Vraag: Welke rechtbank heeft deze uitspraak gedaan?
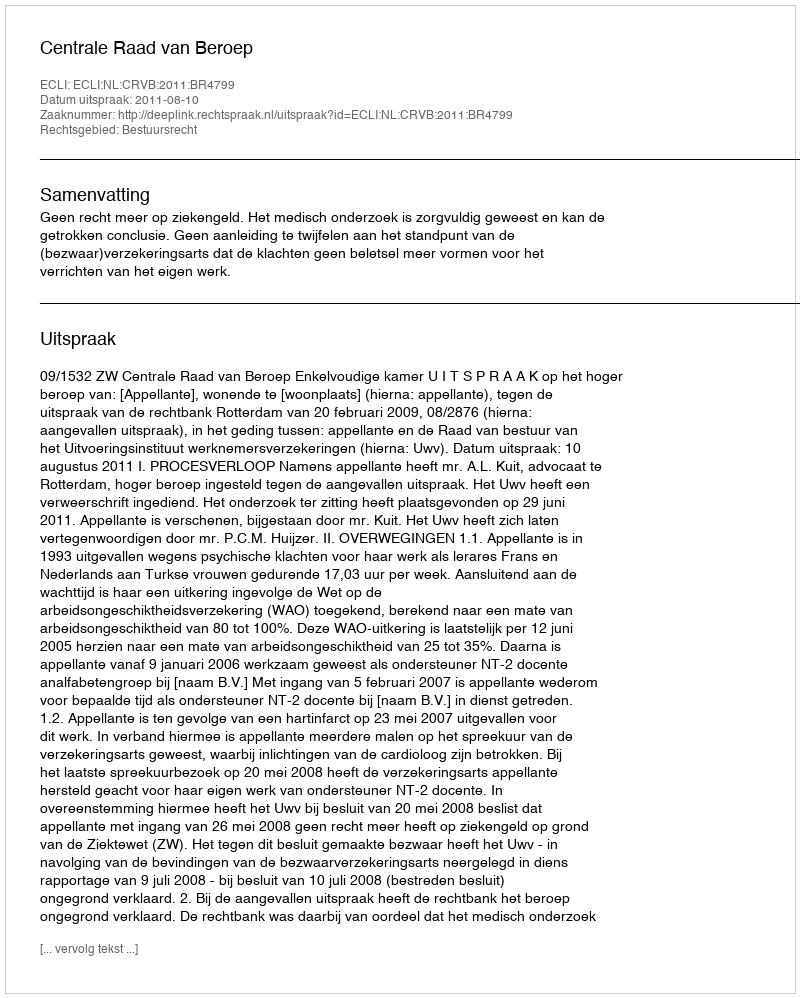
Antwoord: Centrale Raad van Beroep